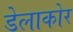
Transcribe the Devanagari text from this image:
डेलाकोर